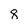
Character: 8